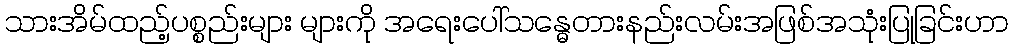
သားအိမ်ထည့်ပစ္စည်းများ များကို အရေးပေါ်သန္ဓေတားနည်းလမ်းအဖြစ်အသုံးပြုခြင်းဟာ